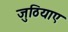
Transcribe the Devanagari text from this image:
जुठियाए